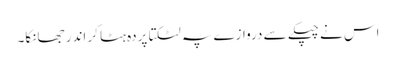
اس نے چپکے سے دروازے پہ لٹکتا پردہ ہٹا کر اندر جھانکا۔